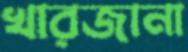
খারজানা